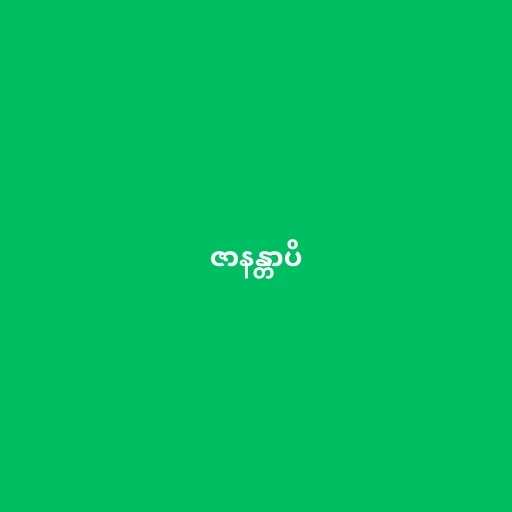
ဇာနန္တာပိ